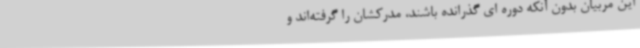
این مربیان بدون آنکه دوره ای گذرانده باشند، مدرکشان را گرفته‌اند و